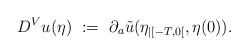
\begin{align*}D^V u(\eta) \ := \ \partial_a \tilde u(\eta_{|[-T,0[},\eta(0)).\end{align*}